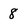
Character: 8